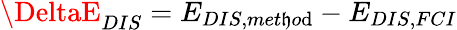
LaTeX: \DeltaE_{DIS}=E_{DIS,met\mathfrak{h}o\mathrm{d}}-E_{DIS,FCI}